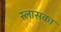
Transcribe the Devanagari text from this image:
स्लासका